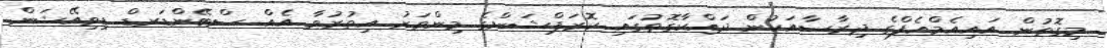
މިގޮތުން އައިއެމްއެފްގެ ދިރާސާއަކުން ދައްކާގޮތުގައި ކޮރަޕްޝަންގެ މިންވަރު އިތުރުވާ އެއް ސްޓޭންޑަރޑް ޑިވިއޭޝަން